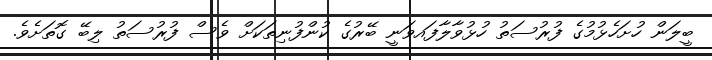
ބީލަން ހުށަހެޅުމުގެ ފުރުސަތު ހުޅުވާލާފައވަނީ ބޭރުގެ ކުންފުނިތަކަށް ވެސް ފުރުސަތު ލިބޭ ގޮތަށެވެ.